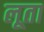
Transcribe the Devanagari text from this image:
लूता